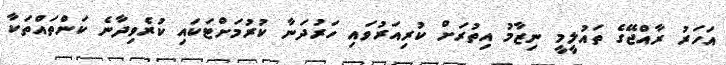
އަހަރު ރާއްޖޭގެ ތައުލީމީ ނިޒާމު އިތުރަށް ކުރިއަރުވައި ހަރުދަނާ ކުރުމަށްޓަކައި ކުރެވިދާނެ ކަންތައްތަކާ